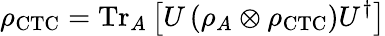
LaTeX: \rho_{\mathrm{CTC}}={\mathrm{Tr}}_{A}\left[U\left(\rho_{A}\otimes\rho_{\mathrm{CTC}}\right)U^{\dagger}\right]